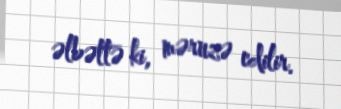
əlbəttə ki, məruzə edilir.